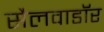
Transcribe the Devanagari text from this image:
सैलवाडॉर